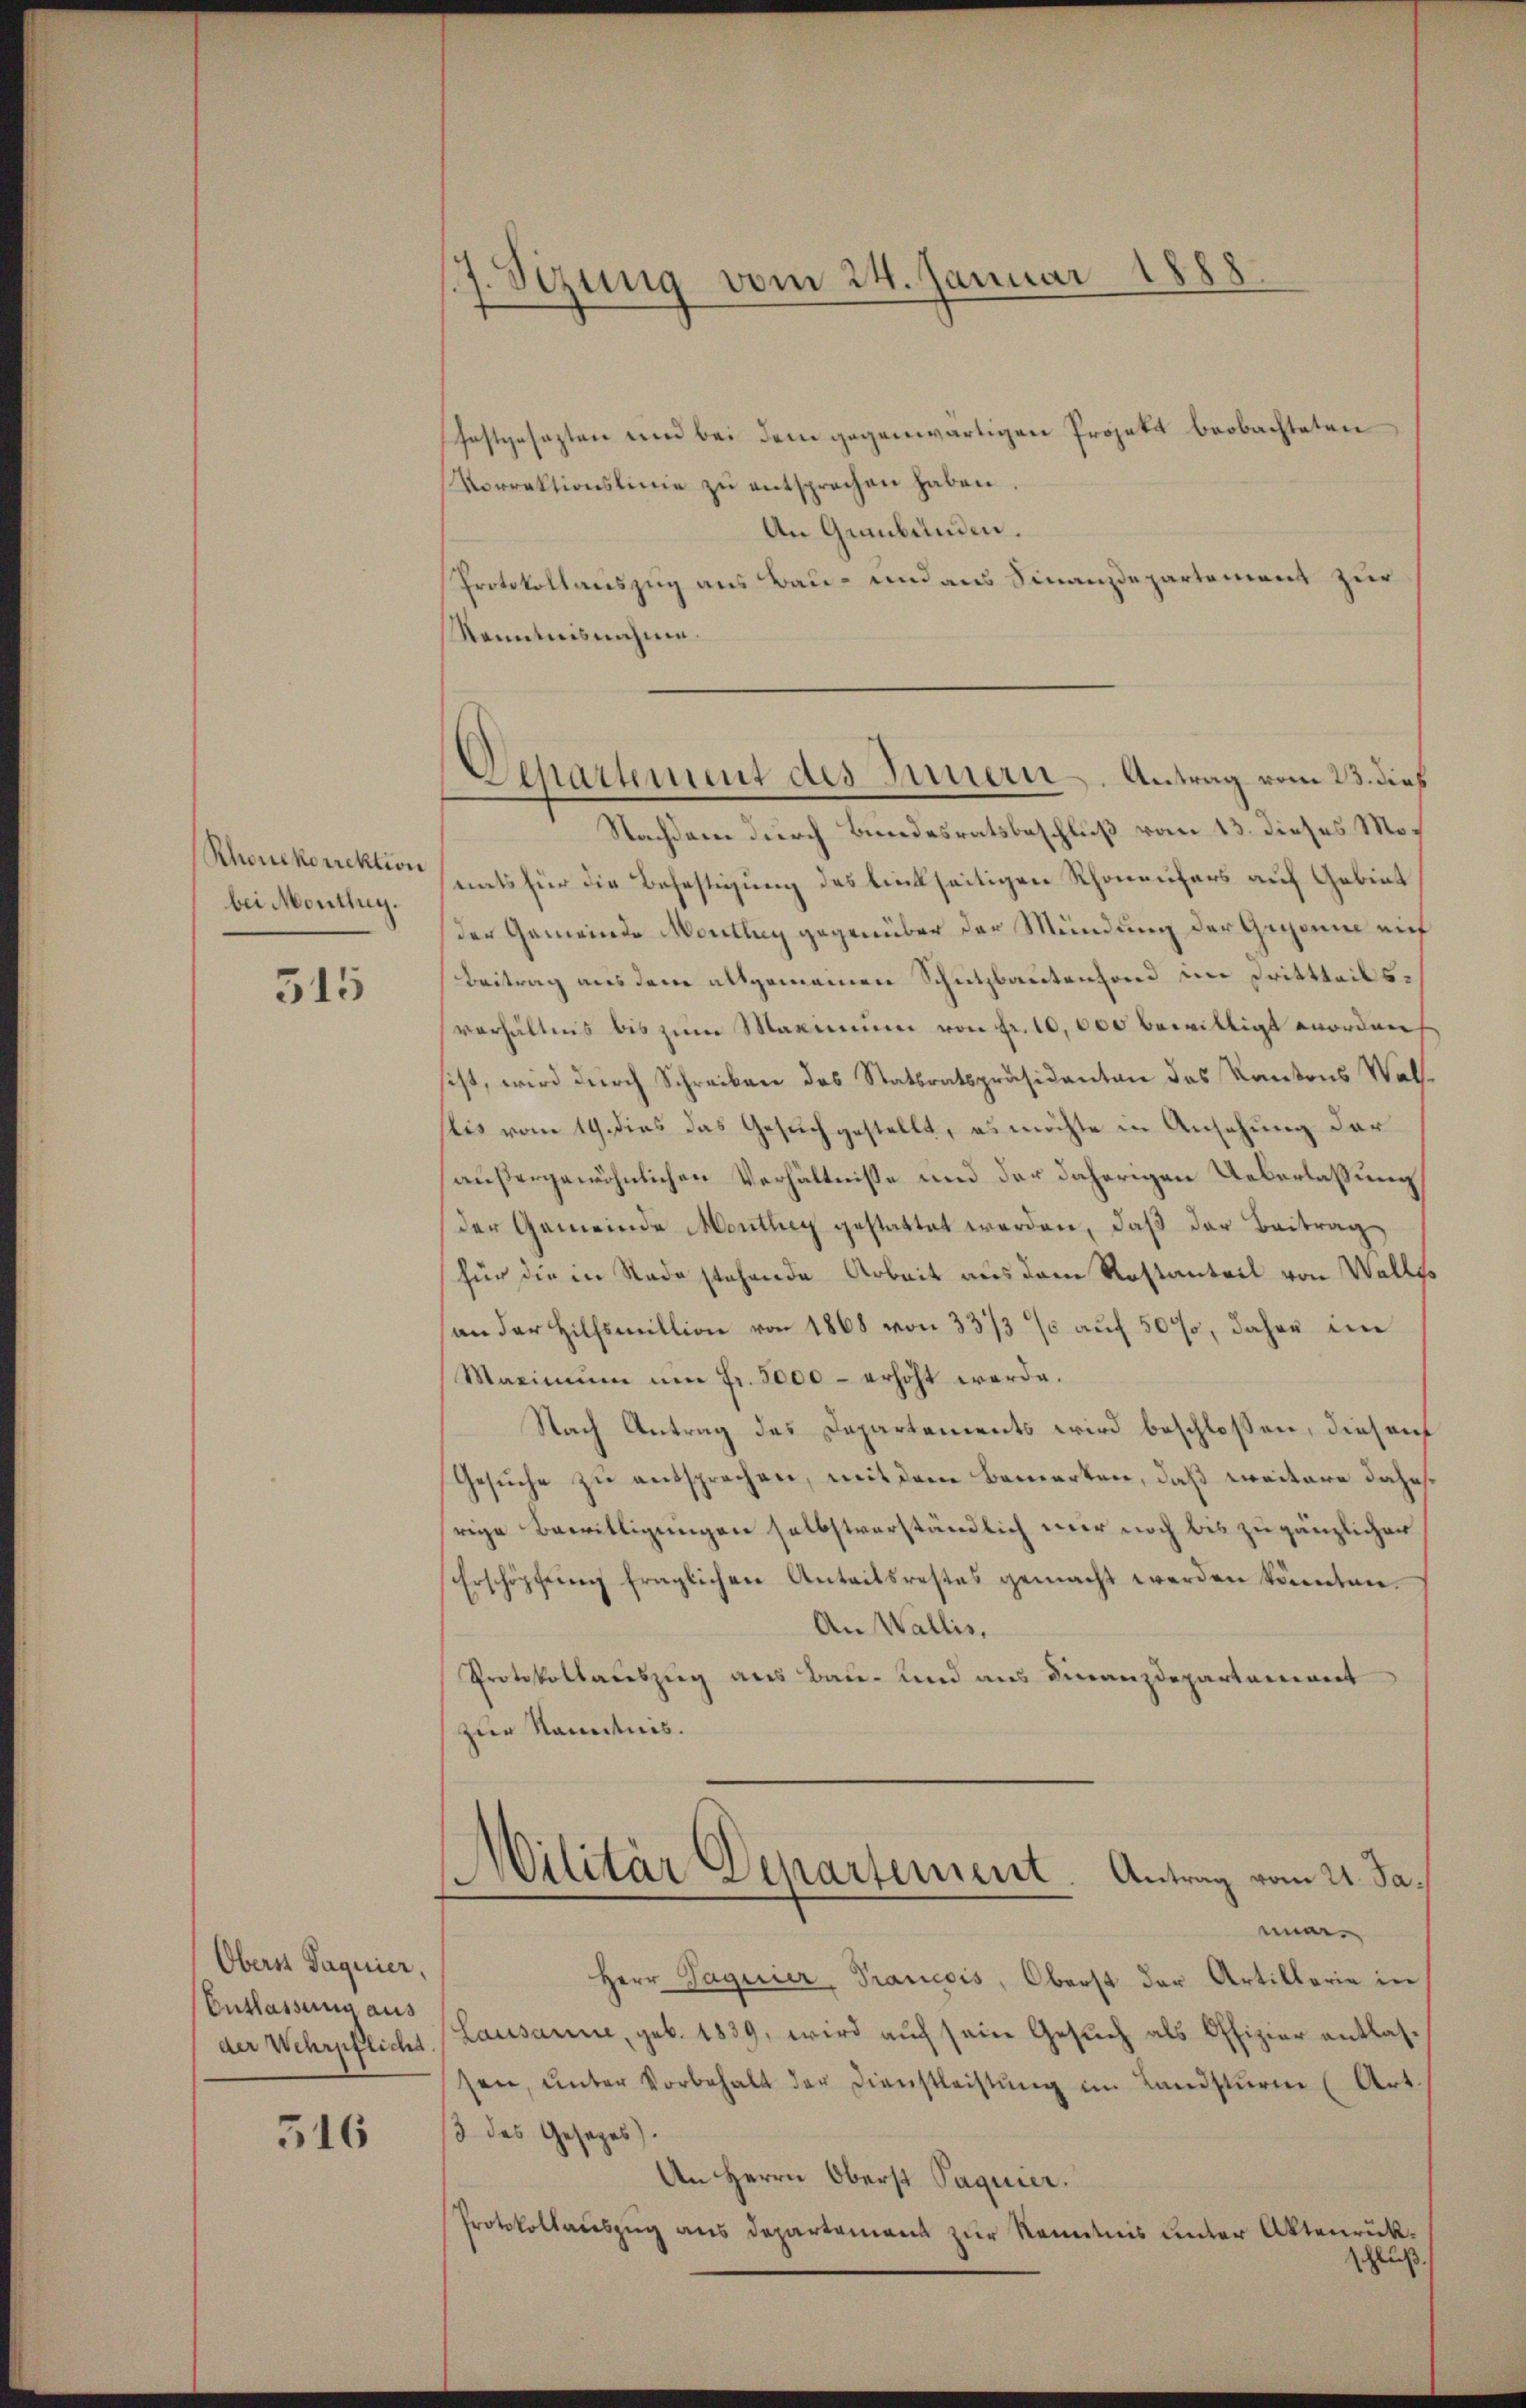
Rhonekorrektion
bei Monthey.

315

Oberst Jaquier,
Entlassung aus
der Wehrpflicht.

316

d
Stzung vom 24. Januar 1888.

Departement des Innern. Antrag vom 23. dies

festgesezten und bei dem gegenwärtigen Projekt beobachteten
Vorrektionslinie zŭ entsprechen haben.
An Graubünden.
Protokollauszug aus Bau- und aus Finanzdepartement zur
Kenntnisnahme.
Nachdem durch Bundesratsbeschluß vom 13. dieses Monats für die Befestigung des linkseitigen Rhoneufers auf Gebiet
der Gemeinde Montag gegenüber der Mündung der Gegenn auf
Beitrag aus dem allgemeinen Schutzbautenfond im Drittteilsverhältnis bis zum Maximum von Fr. 10,000 bewilligt worden
sist, wird durch Schreiben des Statsratspräsidenten des Kantons Walslis vom 19. dies das Gesuch gestellt, es möchte in Ansehung der
außergewöhnlichen Verhältnisse und der daherigen Ueberlassung
der Gemeinde Monthey gestattet werden, daß der Beitrag
für die in Rade stehende Arbeit aus dem Rostanteil von Walles
an der Hilfsmillion von 1868 von 33/3 % auf 50%, daher im
Maximŭm ŭm fr. 3000 - erhöht werde.
Nach Antrag des Departements wird beschlossen, dies auf
Gesuche zu entsprochen, mit dem Bemerken, daß weitere dahe
rige Bewilligungen selbstverständlich nur noch bis zu gänzlicher
Erschöpfung fraglichen Anteitsrestes gemacht werden könnten.
An Wallis,
Protokollauszug aus Bau- und aus Finanzdepartement
zur Kenntnis.
Militär Departement. Antrag vom 21. Janun.
Herr Saguier, Prancois, Oberst der Artillerie in
Lausanne, geb. 1839, wird auf sein Gesuch als Offizier entlassen, ŭnter Vorbehalt der Dienstleistŭng im Landstŭrm (Art.
/3 des Gesetzes).
An Herrn Oberst Paquier.
Protokollauszug aus Departement zur Kenntnis unter Aktenrückschluß.